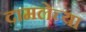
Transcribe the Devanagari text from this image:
दामलेच्या